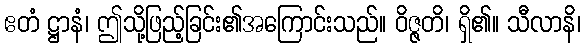
ဧတံ ဋ္ဌာနံ၊ ဤသို့ဖြည့်ခြင်း၏အကြောင်းသည်။ ဝိဇ္ဇတိ၊ ရှိ၏။ သီလာနိ၊